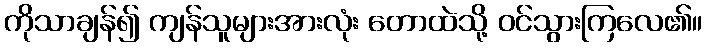
ကိုသာချန်၍ ကျန်သူများအားလုံး တောထဲသို့ ဝင်သွားကြလေ၏။